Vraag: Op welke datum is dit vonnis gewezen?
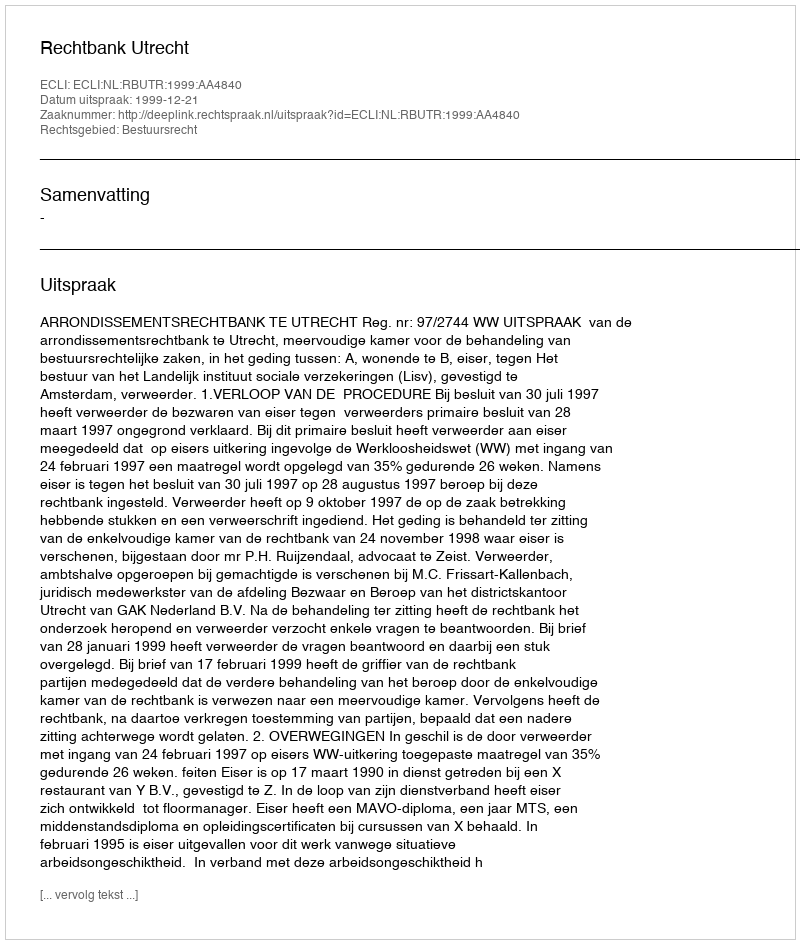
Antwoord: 1999-12-21